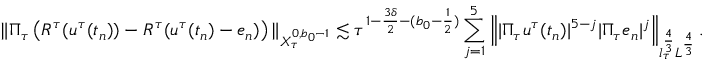
\Vert \Pi _ { \tau } \left( R ^ { \tau } ( u ^ { \tau } ( t _ { n } ) ) - R ^ { \tau } ( u ^ { \tau } ( t _ { n } ) - e _ { n } ) \right) \Vert _ { X _ { \tau } ^ { 0 , b _ { 0 } - 1 } } \lesssim \tau ^ { 1 - \frac { 3 \delta } 2 - ( b _ { 0 } - \frac 1 2 ) } \sum _ { j = 1 } ^ { 5 } \left\| | \Pi _ { \tau } u ^ { \tau } ( t _ { n } ) | ^ { 5 - j } | \Pi _ { \tau } e _ { n } | ^ { j } \right\| _ { l _ { \tau } ^ { \frac { 4 } { 3 } } L ^ { \frac { 4 } { 3 } } } .